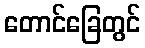
တောင်ခြေတွင်